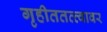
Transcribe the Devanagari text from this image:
गृहीततत्त्वावर